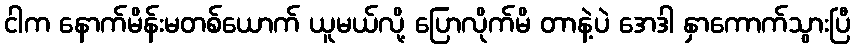
ငါက နောက်မိန်းမတစ်ယောက် ယူမယ်လို့ ပြောလိုက်မိ တာနဲ့ပဲ အေဒါ နှာကောက်သွားပြီ